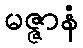
မဇ္ဇာနံ